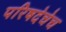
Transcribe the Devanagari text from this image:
परिषदेचेच